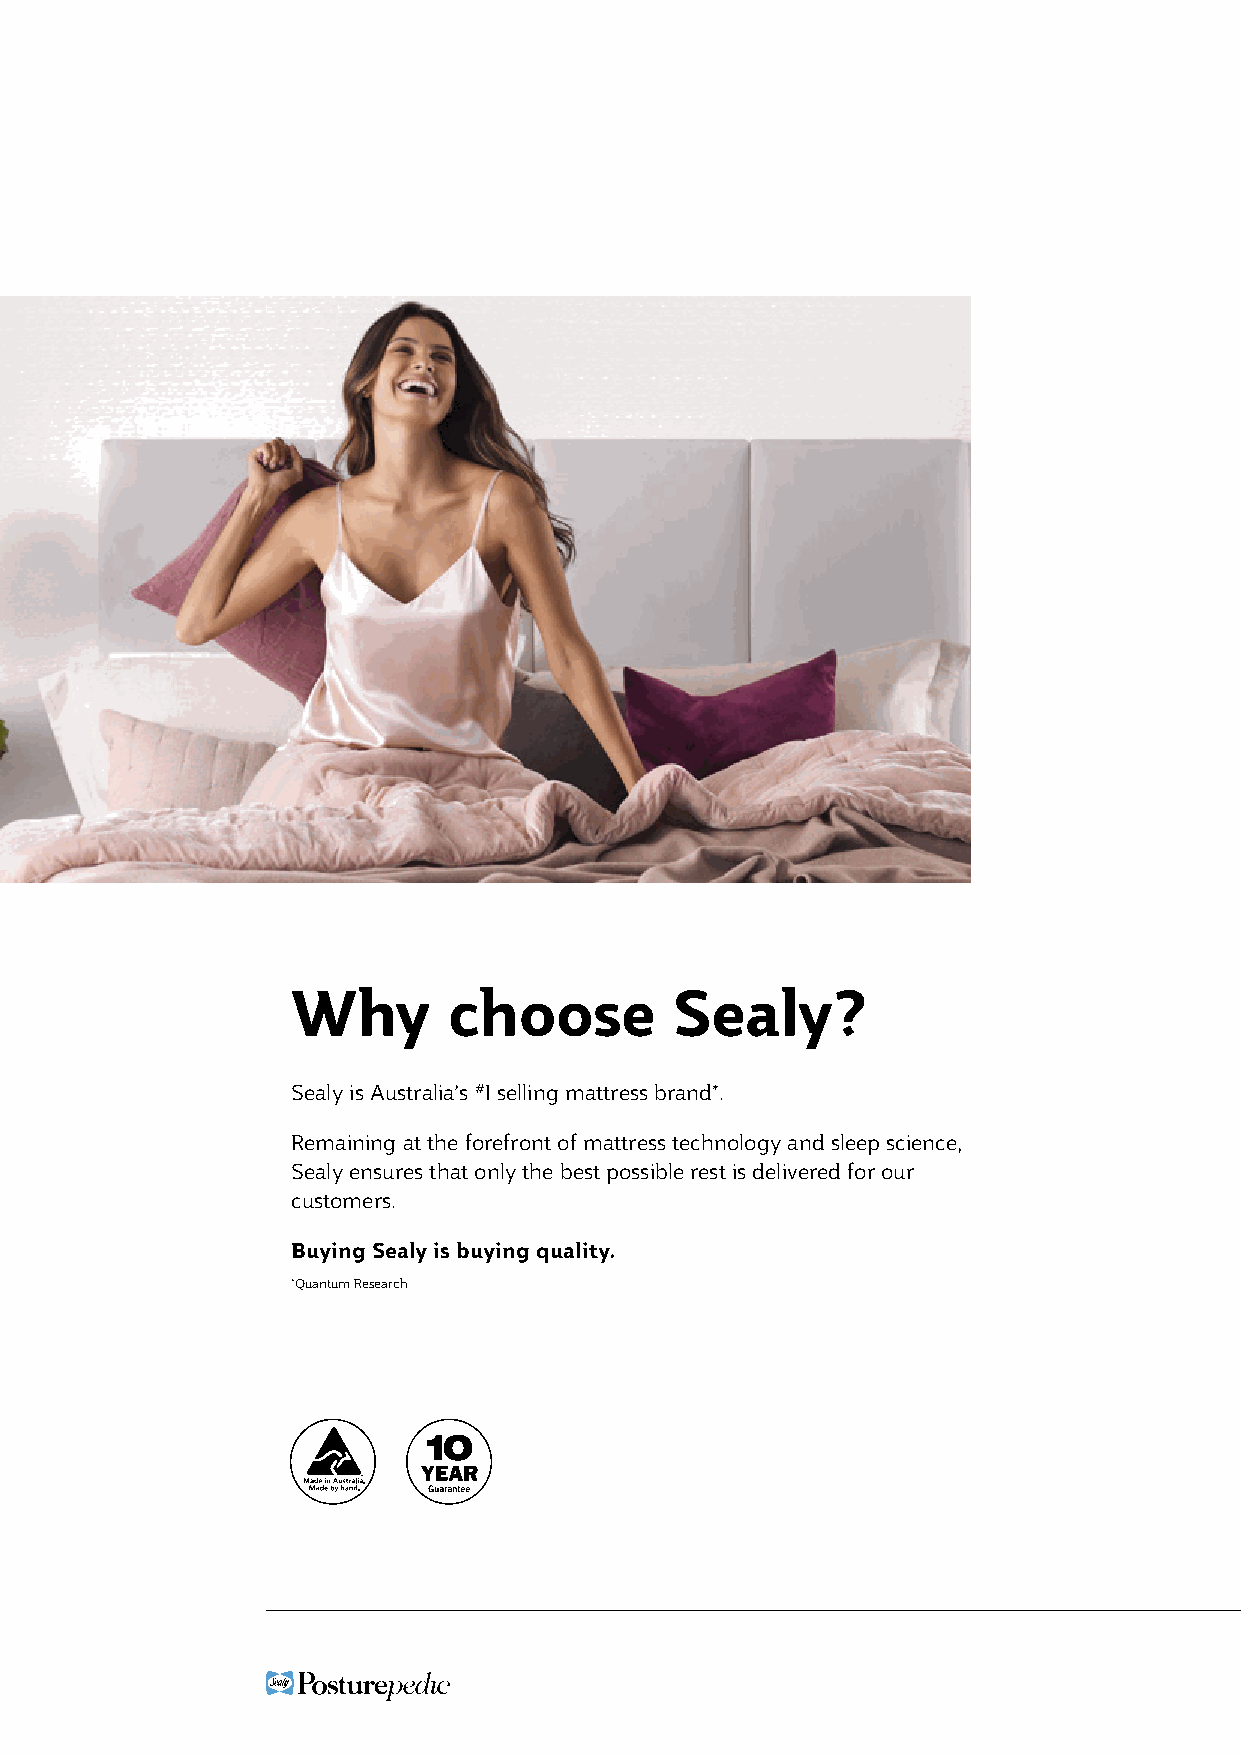
Why        choose        Sealy?
 Sealy is Australia’s #1 selling mattress brand*.
 Remaining at the forefront of mattress technology and sleep science,
 Sealy ensures that only the best possible rest is delivered for our
 customers.
 Buying Sealy is buying quality.
 *Quantum Research